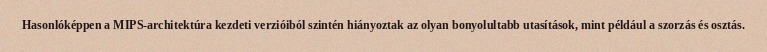
Hasonlóképpen a MIPS-architektúra kezdeti verzióiból szintén hiányoztak az olyan bonyolultabb utasítások, mint például a szorzás és osztás.